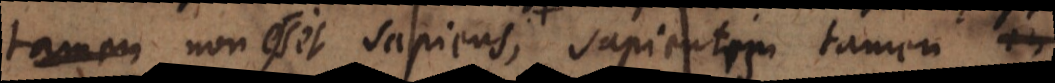
etsi non esset sapiens, sapientem tamen in